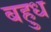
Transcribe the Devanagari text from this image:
बहुध